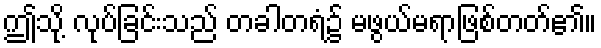
ဤသို့ လုပ်ခြင်းသည် တခါတရံ၌ မဖွယ်မရာဖြစ်တတ်၏။